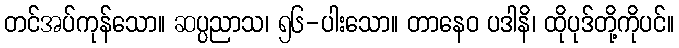
တင်အပ်ကုန်သော။ ဆပ္ပညာသ၊ ၅၆-ပါးသော။ တာနေဝ ပဒါနိ၊ ထိုပုဒ်တို့ကိုပင်။